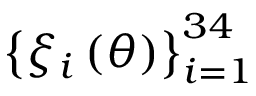
\left\{ \xi _ { i } \left( \theta \right) \right\} _ { i = 1 } ^ { 3 4 }